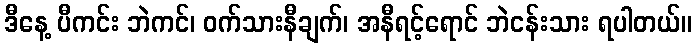
ဒီနေ့ ပီကင်း ဘဲကင်၊ ဝက်သားနီချက်၊ အနီရင့်ရောင် ဘဲငန်းသား ရပါတယ်။